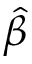
\hat { \beta }